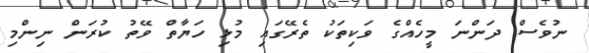
ނުވެސް ދަންނަ މީހެއްގެ ވަކިތަކު ތެރޭގައި މުޅި ހަޔާތް ވޭތު ކުރަން ނިންމި